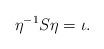
LaTeX: \begin{align*}\eta^{-1} S\eta=\iota.\end{align*}